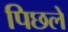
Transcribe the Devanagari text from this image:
पिछलें